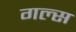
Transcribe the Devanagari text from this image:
गल्स